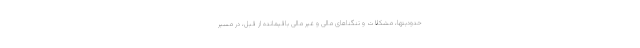
حدودیتها، مشکلات و تنگناهای مالی و غیر مالی باقیمانده از قبل، در مسیر